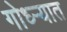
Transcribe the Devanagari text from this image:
गोध्ऱ्यात